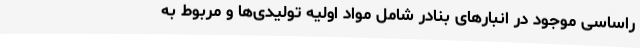
راساسی موجود در انبارهای بنادر شامل مواد اولیه تولیدی‌ها و مربوط به